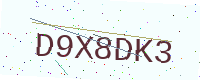
Text: D9X8DK3